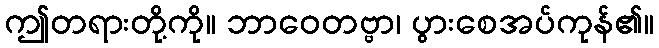
ဤတရားတို့ကို။ ဘာဝေတဗ္ဗာ၊ ပွားစေအပ်ကုန်၏။